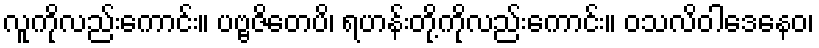
လူကိုလည်းကောင်း။ ပဗ္ဗဇိတေပိ၊ ရဟန်းတို့ကိုလည်းကောင်း။ ဝသလိဝါဒေနေဝ၊